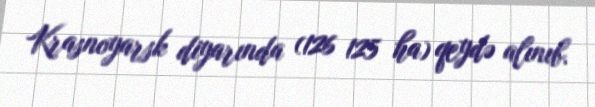
Krasnoyarsk diyarında (126 125 ha) qeydə alınıb.